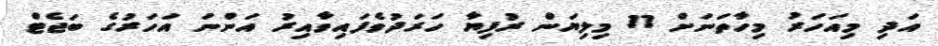
އަދި މިއަހަރު މިހާތަނަށް 11 މިލިޔަން ރުފިޔާ ހަރަދުވެފައިވާއިރު އަންނަ އަހަރުގެ ބަޖެޓް